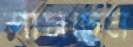
শাসছেন